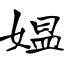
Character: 媪